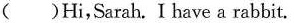
( )Hi,Sarah. I bave a rabbit.